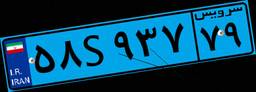
۵۸S۹۳۷۷۹